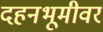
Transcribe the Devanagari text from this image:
दहनभूमीवर